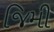
જિમી